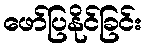
ဖော်ပြနိုင်ခြင်း